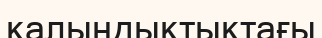
қалыңдықтықтағы